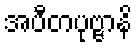
အပီတပုဗ္ဗာနိ